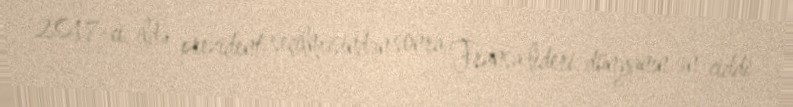
2017-ci ildə prezident seçilməsindən sonra Fransa lideri dünyanın ən ciddi